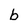
Character: b